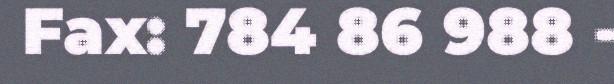
Fax: 784 86 988 -